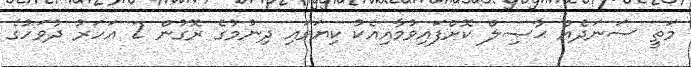
މަތީ ސަނަދެއް ޙާޞިލް ކޮށްފައިވުމާއިއެކު ކިޔަވައި ދިނުމުގެ ރޮގުން 2 އަހަރު ދުވަހުގެ